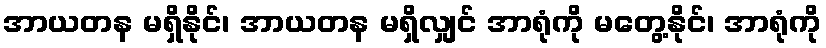
အာယတန မရှိနိုင်၊ အာယတန မရှိလျှင် အာရုံကို မတွေ့နိုင်၊ အာရုံကို